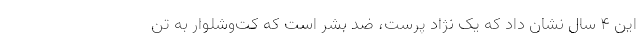
این 4 سال نشان داد که یک نژاد پرست، ضد بشر است که کت‌وشلوار به تن